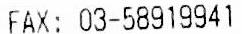
FAX: 03-58919941